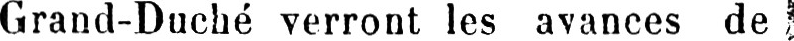
Grand-Duché verront les avances de